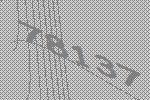
78137